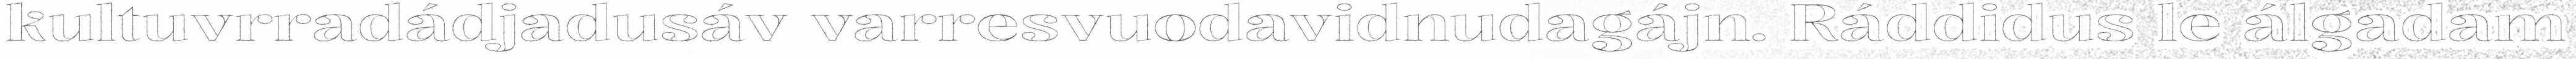
kultuvrradádjadusáv varresvuodavidnudagájn. Ráddidus le álgadam